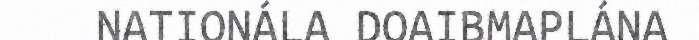
NATIONÁLA DOAIBMAPLÁNA